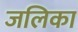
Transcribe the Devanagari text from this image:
जलिका